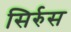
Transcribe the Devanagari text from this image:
सिर्रुस